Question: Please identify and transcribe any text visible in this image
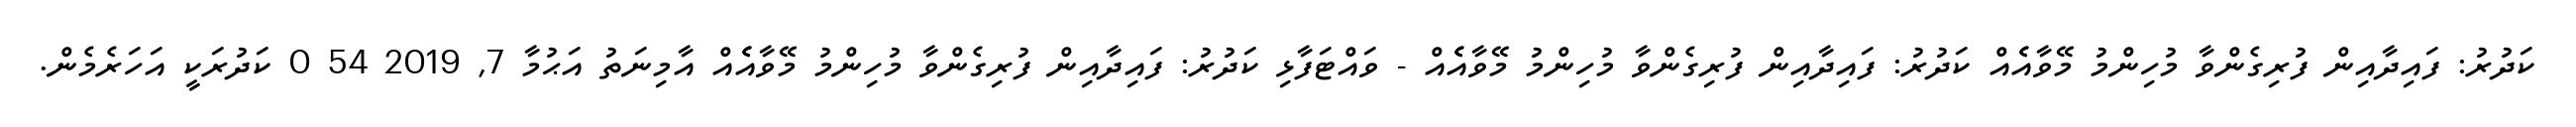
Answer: ކަދުރު: ފައިދާއިން ފުރިގެންވާ މުހިންމު މޭވާއެެއް ކަދުރު: ފައިދާއިން ފުރިގެންވާ މުހިންމު މޭވާއެެއް - ވައްޓަފާޅި ކަދުރު: ފައިދާއިން ފުރިގެންވާ މުހިންމު މޭވާއެެއް އާމިނަތު އަޙުމާ 7, 2019 54 0 ކަދުރަކީ އަހަރެމެން.